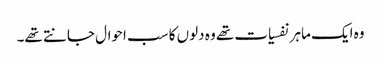
وہ ایک ماہر نفسیات تھے وہ دلوں کا سب احوال جانتے تھے۔